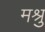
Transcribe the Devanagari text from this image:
मश्रु